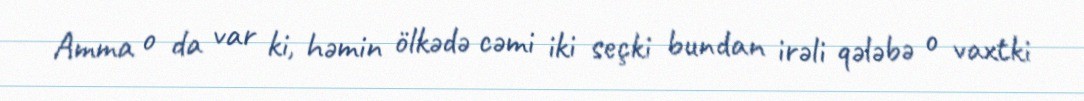
Amma o da var ki, həmin ölkədə cəmi iki seçki bundan irəli qələbə o vaxtki